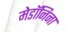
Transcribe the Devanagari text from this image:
मेडॉनिना